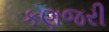
કણજરી